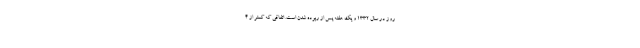
روز در سال 1332 و یک هفته پس از ربوده شدن است. اتفاقی که کمتر از 4